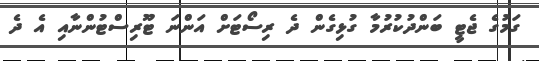
ގަމުގެ ޖެޓީ ބަންދުކުރުމާ ގުޅިގެން ދެ ރިސޯޓަށް އަންނަ ޓޫރިސްޓުންނާއި އެ ދެ